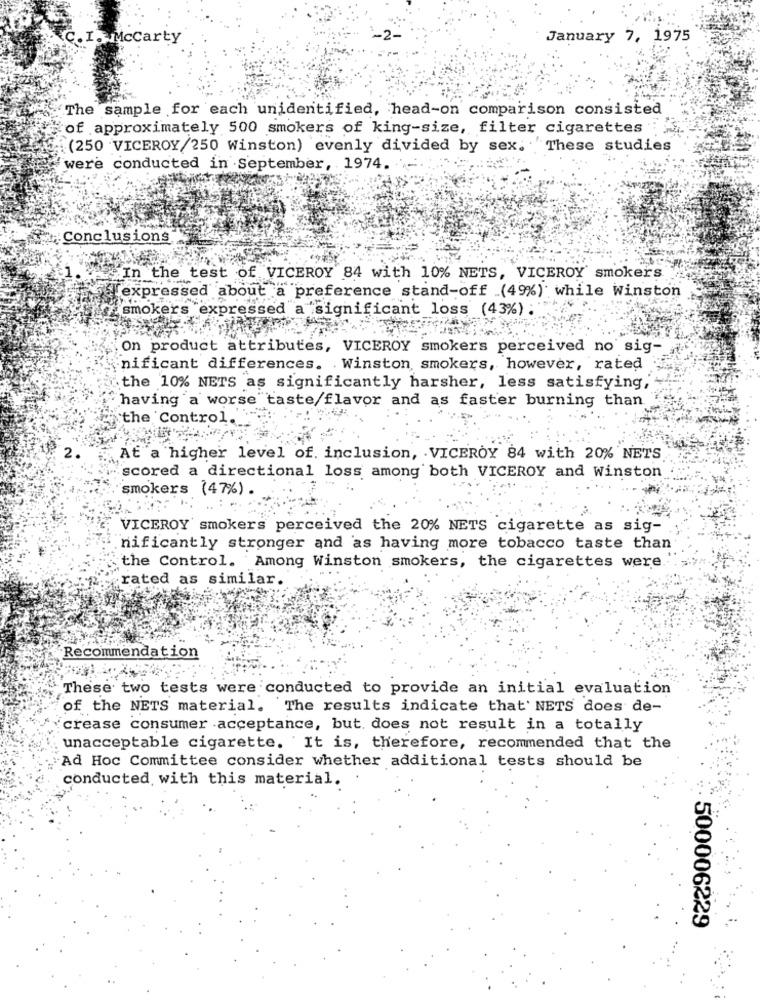
C.I. Mccarty
January 7, 1975
The sample for each unidentified, head-on comparison consisted
of approximately 500 smokers of king-size, filter cigarettes
(250 VICEROY/250 Winston) evenly divided by sex. These studies
were conducted in September, 1974.
Conclusions
In the test of VICEROY 84 with 10% NETS, VICEROY smokers
expressed about a preference stand-off (4%) while Winston
smokers expressed a significant loss (43%) :"
On product attributes, VICEROY smokers perceived no sig-
nificant differences. Winston smokers, however, rated
the 10% NETS as significantly harsher, less satisfying,
having a worse taste/flavor and as faster burning than
the Control.
2.
At a higher level of. inclusion, . VICEROY 84 with 20% NETS
scored a directional loss among both VICEROY and Winston
smokers (47%) .
VICEROY smokers perceived the 20% NETS cigarette as sig-
nificantly stronger and as having more tobacco taste than
the Control. Among Winston smokers, the cigarettes were.
rated as similar.
Recommendation
These two tests were conducted to provide an initial evaluation
of the NETS material. The results indicate that' NETS does de-
crease consumer acceptance, but, does not result in a totally
unacceptable cigarette. It is, therefore, recommended that the
Ad Hoc Committee consider whether additional tests should be
conducted with this material.
500006229